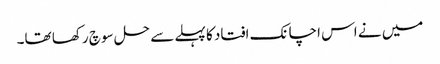
میں نے اس اچانک افتاد کا پہلے سے حل سوچ رکھا تھا۔